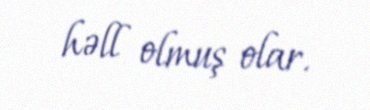
həll olmuş olar.